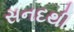
સનદથી